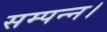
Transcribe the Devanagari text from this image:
सम्पन्न।